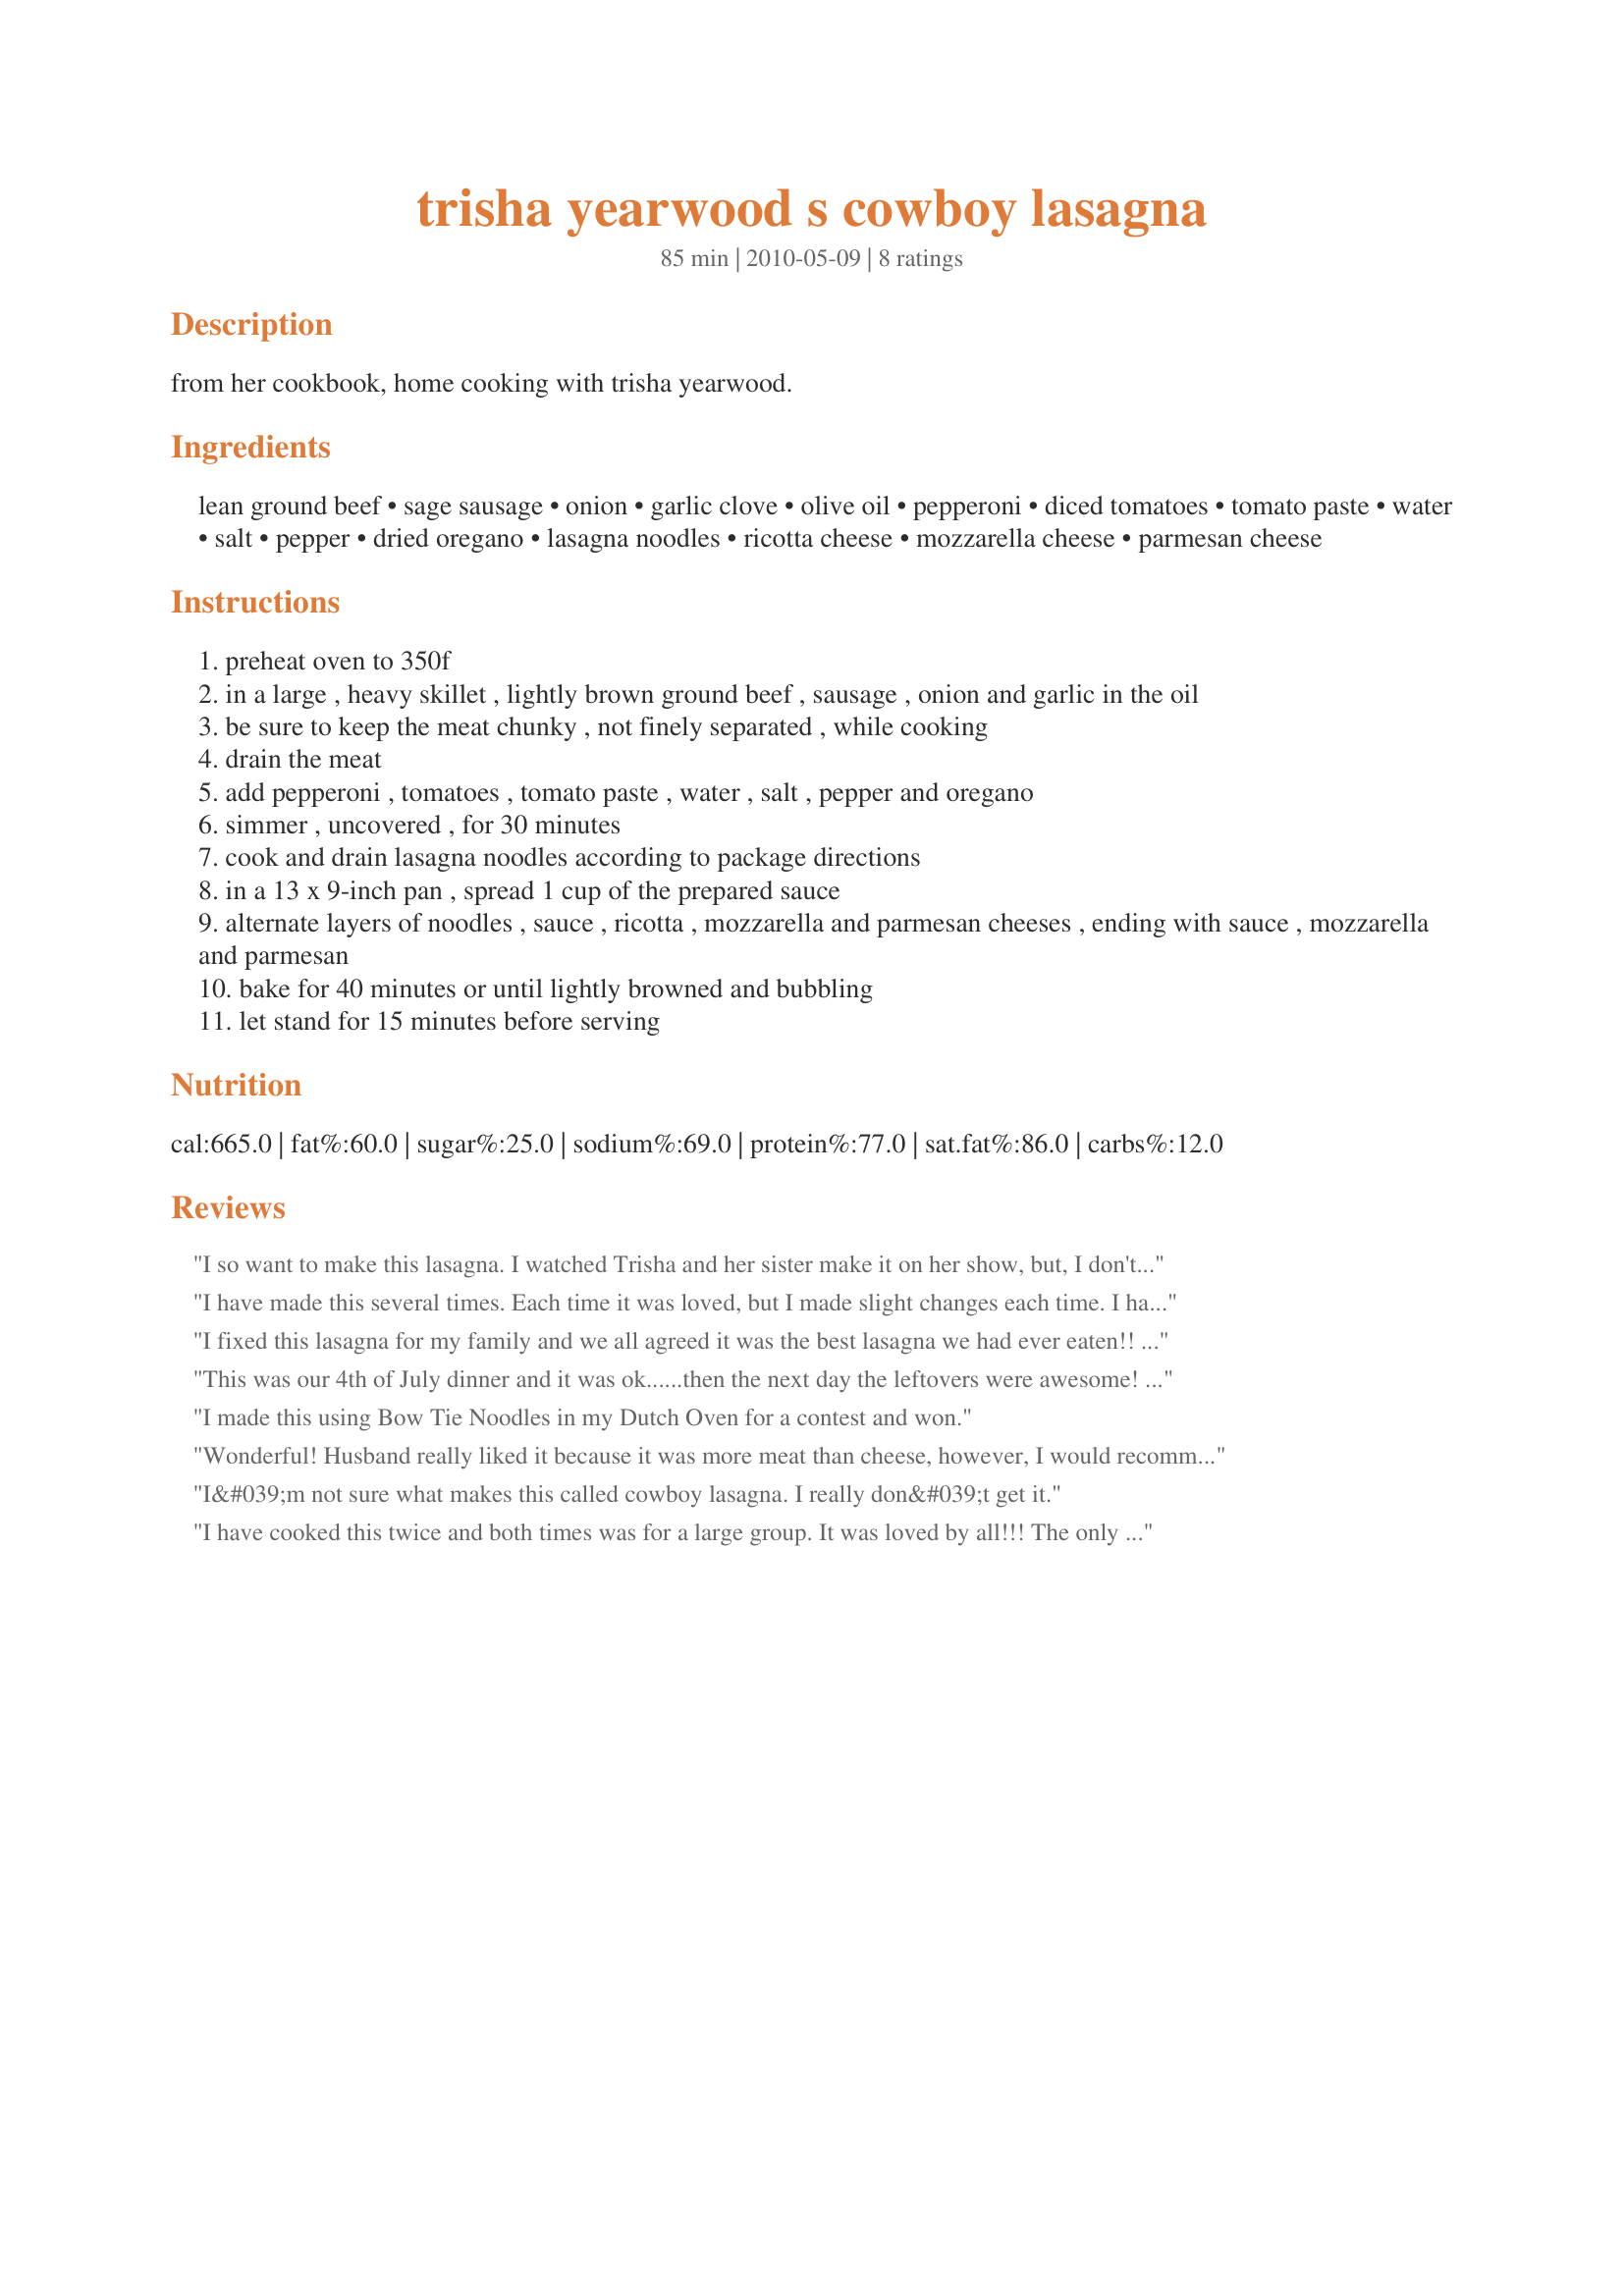
trisha yearwood s cowboy lasagna
Preparation time: 85 minutes

from her cookbook, home cooking with trisha yearwood.

Ingredients:
lean ground beef, sage sausage, onion, garlic clove, olive oil, pepperoni, diced tomatoes, tomato paste, water, salt, pepper, dried oregano, lasagna noodles, ricotta cheese, mozzarella cheese, parmesan cheese

Steps:
preheat oven to 350f
in a large , heavy skillet , lightly brown ground beef , sausage , onion and garlic in the oil
be sure to keep the meat chunky , not finely separated , while cooking
drain the meat
add pepperoni , tomatoes , tomato paste , water , salt , pepper and oregano
simmer , uncovered , for 30 minutes
cook and drain lasagna noodles according to package directions
in a 13 x 9-inch pan , spread 1 cup of the prepared sauce
alternate layers of noodles , sauce , ricotta , mozzarella and parmesan cheeses , ending with sauce , mozzarella and parmesan
bake for 40 minutes or until lightly browned and bubbling
let stand for 15 minutes before serving

Reviews:
I so want to make this lasagna. I watched Trisha and her sister make it on her show, but, I don't like ricotta or sausage, so is there an ingredient that I could replace both of these ingredients with or just add more ground beef?
I have made this several times. Each time it was loved, but I made slight changes each time. I have made it with fire roasted diced tomatoes, different cheeses, provolone, italian blend, cottage cheese mixed with ricotta. I have also used italian sausage when I couldn't find sage.. amazing difference and liked better by most. I live alone and have to make 2 pans when I cook this. lol
I fixed this lasagna for my family and we all agreed it was the best lasagna we had ever eaten!! I did not know for sure when I saw it was a tomato paste base, this tends to make sauces to sweet for our liking. Not so with this recipe! All the ingredients combined work well together. If you have not tried it please do!! I will never use any other recipe for lasagna again!! Thank you Trisha, we love you and Garth!! Love being invited into your life and learning new recipes from your home to ours!!
This was our 4th of July dinner and it was ok......then the next day the leftovers were awesome! It just got better and better! I love it!
I made this using Bow Tie Noodles in my Dutch Oven for a contest and won.
Wonderful! Husband really liked it because it was more meat than cheese, however, I would recommend using only half of the amount of pepperoni. Also I quartered the pepperoni slices.
I&#039;m not sure what makes this called cowboy lasagna. I really don&#039;t get it.
I have cooked this twice and both times was for a large group. It was loved by all!!! The only thing I did different was to use 1/2 of the amount of pepperonis the second time around and it was just a good but much less salty. Oh, and I used cottage instead of ricotta simply because we love cottage cheese in our lasagna.
